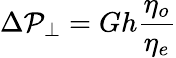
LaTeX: \Delta\mathcal{P}_{\perp}=Gh\frac{{\eta_{o}}}{{\eta_{e}}}